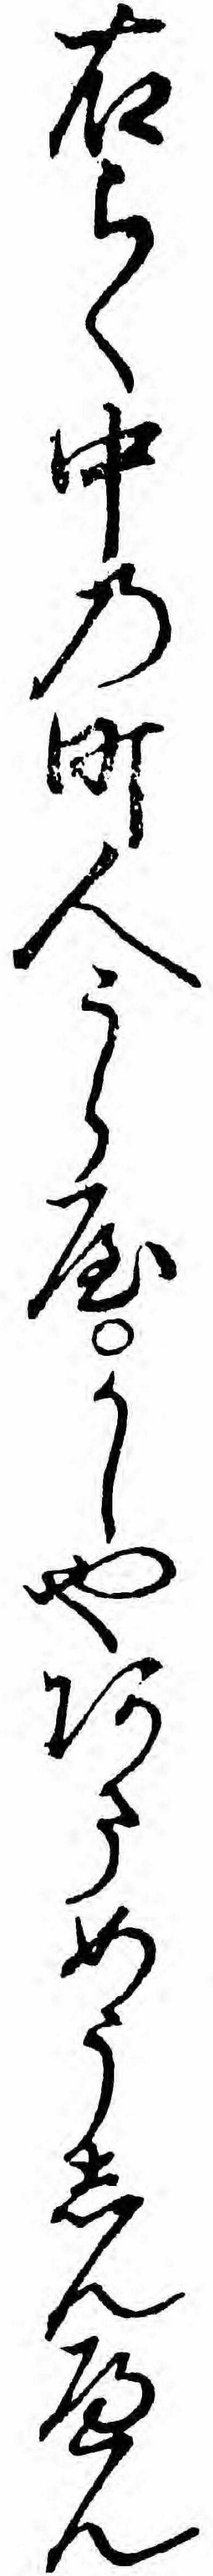
右らく中の町人うらやかしやあまめうしんへん